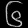
Digit: ၆